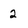
Character: 2